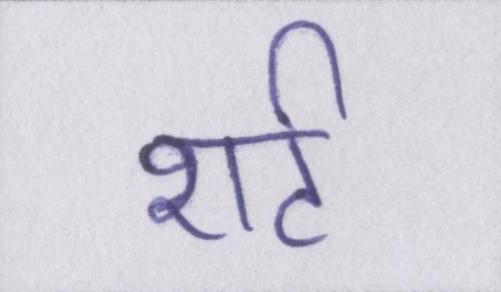
शर्ट